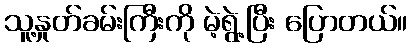
သူ့နှုတ်ခမ်းကြီးကို မဲ့ရွဲ့ပြီး ပြောတယ်။